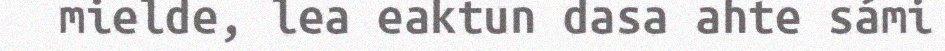
mielde, lea eaktun dasa ahte sámi